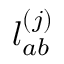
\mathcal { l } _ { a b } ^ { ( j ) }